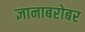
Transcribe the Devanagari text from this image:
ज्ञानाबरोबर